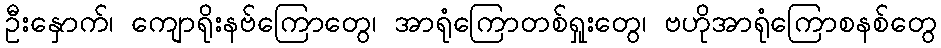
ဦးနှောက်၊ ကျောရိုးနဗ်ကြောတွေ၊ အာရုံကြောတစ်ရှုးတွေ၊ ဗဟိုအာရုံကြောစနစ်တွေ